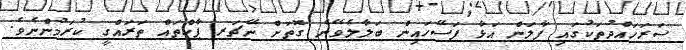
ސަރަހައްދުތަކުގައި ފާލަން އަޅާ ފަސޭހައިން ބަލާލެވޭނެ ގޮތަށް ނޭޗަރ ޕާކްތައް ތަރައްގީ ކުރަމުންނެވެ.